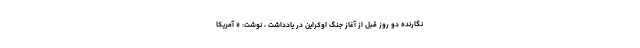
نگارنده دو روز قبل از آغاز جنگ اوکراین در یادداشت ، نوشت: « آمریکا